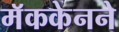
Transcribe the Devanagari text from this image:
मॅककेनने